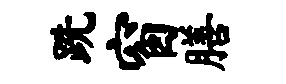
跣窗膳